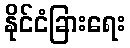
နိုင်ငံခြားရေး